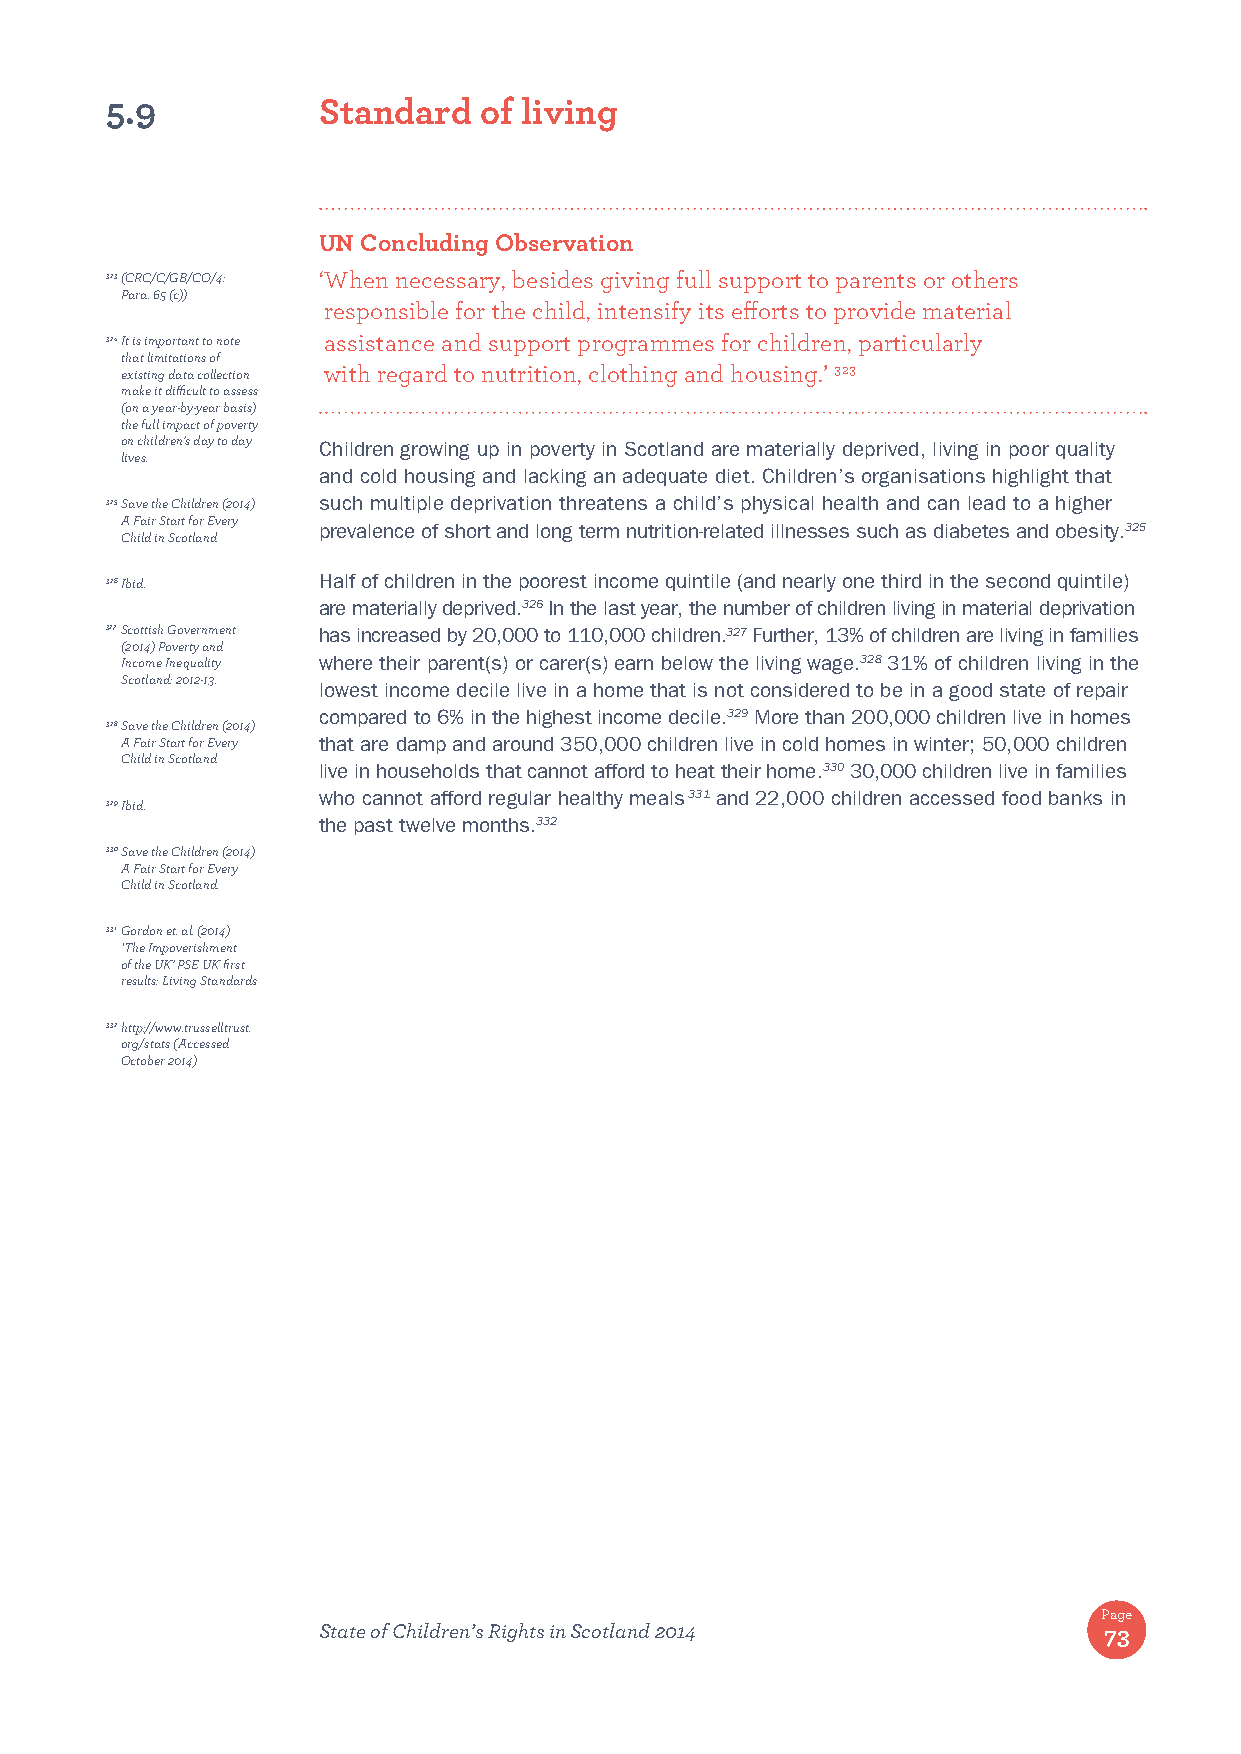
5.9           Standard   of living
 UN Concluding Observation
 323 (CRC/C/GB/CO/4: ‘ When necessary, besides giving full support to parents or others
 Para. 65 (c))
 responsible for the child, intensify its efforts to provide material
 324 It is important to note assistance and support programmes for children, particularly
 that limitations of
 existing data collection with regard to nutrition, clothing and housing.’ 323
 make it difficult to assess
 (on a year-by-year basis)
 the full impact of poverty
 on children’s day to day Children growing up in poverty in Scotland are materially deprived, living in poor quality
 lives.
 and cold housing and lacking an adequate diet. Children’s organisations highlight that
 325 Save the Children (2014) such multiple deprivation threatens a child’s physical health and can lead to a higher
 A Fair Start for Every
 prevalence of short and long term nutrition-related illnesses such as diabetes and obesity.325
 Child in Scotland
 326 Ibid.     Half of children in the poorest income quintile (and nearly one third in the second quintile)
 are materially deprived.326 In the last year, the number of children living in material deprivation
 327 Scottish Government has increased by 20,000 to 110,000 children.327 Further, 13% of children are living in families
 (2014) Poverty and
 Income Inequality where their parent(s) or carer(s) earn below the living wage.328 31% of children living in the
 Scotland: 2012-13.
 lowest income decile live in a home that is not considered to be in a good state of repair
 compared to 6% in the highest income decile.329 More than 200,000 children live in homes
 328 Save the Children (2014)
 A Fair Start for Every that are damp and around 350,000 children live in cold homes in winter; 50,000 children
 Child in Scotland
 live in households that cannot afford to heat their home.330 30,000 children live in families
 who cannot afford regular healthy meals 331 and 22,000 children accessed food banks in
 329 Ibid.
 the past twelve months.332
 330 Save the Children (2014)
 A Fair Start for Every
 Child in Scotland.
 331 Gordon et. al. (2014)
 ‘The Impoverishment
 of the UK’ PSE UK first
 results: Living Standards
 332 http://www.trusselltrust.
 org/stats (Accessed
 October 2014)
 Page
 State of Children’s Rights in Scotland 2014         73